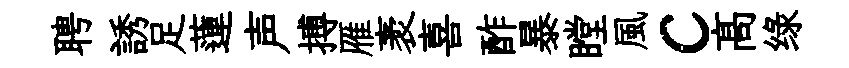
聘誘足蓮声搏雁袤喜酢暴瞠風c髙绿